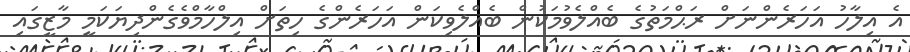
އެ އިލާހު އަހަރެންނަށް ރަޙްމަތުގެ ބެއްލެވުމަކުން ބެއްލެވިކަން އަހަރެންގެ ހިތަށް އިލްހާމްވެގެންދިޔަކަމީ މާޒީގައި